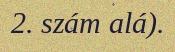
2. szám alá).